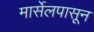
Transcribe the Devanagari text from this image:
मार्सेलपासून